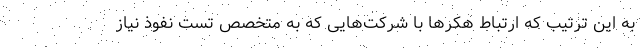
به این ترتیب که ارتباط هکرها با شرکت‌هایی که به متخصص تست نفوذ نیاز